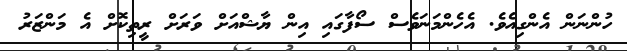
ހުންނަން އެންގިއެވެ. އެހެންމަނަވެސް ސޯފާގައި އިން ޔާޝްއަށް ވަރަށް ރީތިކޮށް އެ މަންޒަރު